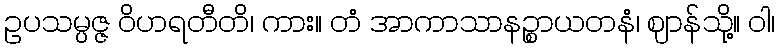
ဥပသမ္ပဇ္ဇ ဝိဟရတီတိ၊ ကား။ တံ အာကာသာနဉ္စာယတနံ၊ ဈာန်သို့။ ဝါ၊